Report of the Indian Hemp Drugs Commission, 1894-1895 - Volume IV
Year: 1894
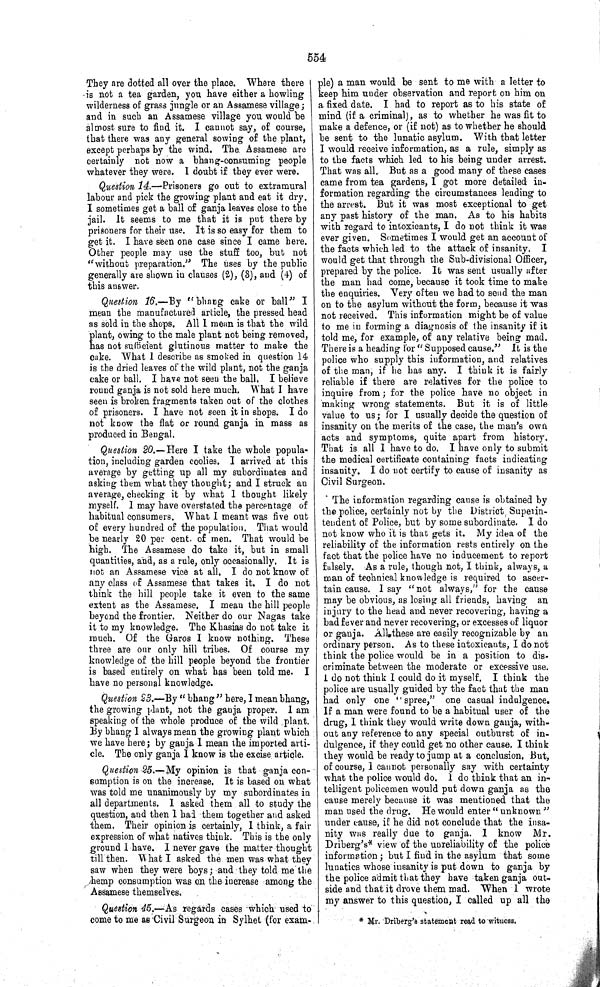
554
They are dotted all over the place. Where there
is not a tea garden, you have either a howling
wilderness of grass jungle or an Assamese village;
and in such an Assamese village you would be
almost sure to find it. I cannot say, of course,
that there was any general sowing of the plant,
except perhaps by the wind. The. Assamese are
certainly not now a bhang-consuming people
whatever they were. I doubt if they ever were.
Question 14.—Prisoners go out to extramural
labour and pick the growing plant and eat it dry.
I sometimes get a ball of ganja leaves close to the
jail. It seems to me that it is put there by
prisoners for their use. It is so easy for them to
get it. I have seen one case since I came here.
Other people may use the stuff too, but not
"without preparation." The uses by the public
generally are shown in clauses (2), (3), and (4) of
this answer.
Question 16.—By "bhang cake or ball" I
mean the manufactured article, the pressed head
as sold in the shops. All I mean is that the wild
plant, owing to the male plant not being removed,
has not sufficient glutinous matter to make the
cake. What I describe as smoked in question 14
is the dried leaves of the wild plant, not the ganja
cake or ball. I have not seen the ball. I believe
round ganja is not sold here much. What I have
seen is broken fragments taken out of the clothes
of prisoners. I have not seen it in shops. I do
not know the flat or round ganja in mass as
produced in Bengal.
Question 20.—Here I take the whole popula-
tion, including garden coolies. I arrived at this
average by getting up all my subordinates and
asking them what they thought; and I struck an
average, checking it by what I thought likely
myself. I may have overstated the percentage of
habitual consumers. What I meant was five out
of every hundred of the population. That would
be nearly 20 per cent. of men. That would be
high. The Assamese do take it, but in small
quantities, and, as a rule, only occasionally. It is
not an Assamese vice at all. I do not know of
any class of Assamese that takes it. I do not
think the hill people take it even to the same
extent as the Assamese. I mean the hill people
beyond the frontier. Neither do our Nagas take
it to my knowledge. The Khasias do not take it
much. Of the Garos I know nothing. These
three are our only hill tribes. Of course my
knowledge of the hill people beyond the frontier
is based entirely on what has been told me. I
have no personal knowledge.
Question 23.—By "bhang" here, I mean bhang,
the growing plant, not the ganja proper. I am
speaking of the whole produce of the wild plant.
By bhang I always mean the growing plant which
we have here; by ganja I mean the imported arti-
cle. The only ganja I know is the excise article.
Question 25.—My opinion is that ganja con-
sumption is on the increase, It is based on what
was told me unanimously by my subordinates in
all departments. I asked them all to study the
question, and then I had them together and asked
them. Their opinion is certainly, I think, a fair
expression of what natives think. This is the only
ground I have. I never gave the matter thought
till then. What I asked the men was what they
saw when they were boys; and they told me the
hemp consumption was on the increase among the
Assamese themselves.
Question 45.—As regards cases which used to
come to me as Civil Surgeon in Sylhet (for exam-
ple) a man would be sent to me with a letter to
keep him under observation and report on him on
a fixed date. I had to report as to his state of
mind (if a criminal), as to whether he was fit to
make a defence, or (if not) as to whether he should
be sent to the lunatic asylum. With that letter
I would receive information, as a rule, simply as
to the facts which led to his being under arrest.
That was all. But as a good many of these cases
came from tea gardens, I got more detailed in-
formation regarding the circumstances leading to
the arrest. But it was most exceptional to get
any past history of the man. As to his habits
with regard to intoxicants, I do not think it was
ever given. Sometimes I would get an account of
the facts which led to the attack of insanity. I
would get that through the Sub-divisional Officer,
prepared by the police. It was sent usually after
the man had come, because it took time to make
the enquiries. Very often we had to send the man
on to the asylum without the form, because it was
not received. This information might be of value
to me in forming a diagnosis of the insanity if it
told me, for example, of any relative being mad.
There is a heading for "Supposed cause." It is the
police who supply this information, and relatives
of the man, if he has any. I think it is fairly
reliable if there are relatives for the police to
inquire from; for the police have no object in
making wrong statements. But it is of little
value to us; for I usually decide the question of
insanity on the merits of the case, the man's own
acts and symptoms, quite apart from history.
That is all I have to do. I have only to submit
the medical certificate containing facts indicating
insanity. I do not certify to cause of insanity as
Civil Surgeon.
The information regarding cause is obtained by
the police, certainly not by the District Superin-
tendent of Police, but by some subordinate. I do
not know who it is that gets it. My idea of the
reliability of the information rests entirely on the
fact that the police have no inducement to report
falsely. As a rule, though not, I think, always, a
man of technical knowledge is required to ascer-
tain cause. I say "not always," for the cause
may be obvious, as losing all friends, having an
injury to the head and never recovering, having a
bad fever and never recovering, or excesses of liquor
or ganja. All these are easily recognizable by an
ordinary person. As to these intoxicants, I do not
think the police would be in a position to dis-
criminate between the moderate or excessive use.
I do not think I could do it myself. I think the
police are usually guided by the fact that the man
had only one "spree," one casual indulgence.
If a man were found to be a habitual user of the
drug, I think they would write down ganja, with-
out any reference to any special outburst of in-
dulgence, if they could get no other cause. I think
they would be ready to jump at a conclusion. But,
of course, I cannot personally say with certainty
what the police would do. I do think that an in-
telligent policemen would put down ganja as the
cause merely because it was mentioned that the
man used the drug. He would enter "unknown"
under cause, if he did not conclude that the insa-
nity was really due to ganja. I know Mr.
Driberg's* view of the unreliability of the police
information; but I find in the asylum that some
lunatics whose insanity is put down to ganja by
the police admit that they have taken ganja out-
side and that it drove them mad. When I wrote
my answer to this question, I called up all the
* Mr. Driberg's statement read to witness.